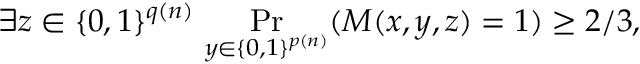
\exists z \in \{ 0 , 1 \} ^ { q ( n ) } \, \Pr _ { y \in \{ 0 , 1 \} ^ { p ( n ) } } ( M ( x , y , z ) = 1 ) \geq 2 / 3 ,